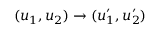
( u _ { 1 } , u _ { 2 } ) \rightarrow ( u _ { 1 } ^ { \prime } , u _ { 2 } ^ { \prime } )